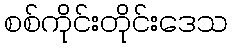
စစ်ကိုင်းတိုင်းဒေသ